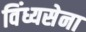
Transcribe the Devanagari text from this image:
विंध्यसेना